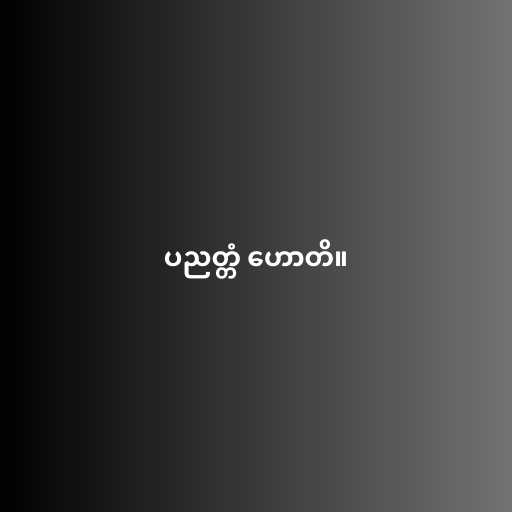
ပညတ္တံ ဟောတိ။